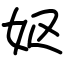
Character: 妪